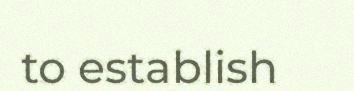
to establish